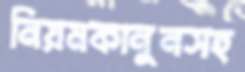
নিয়মকানুনসহ